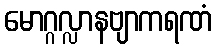
မောဂ္ဂလ္လာနဗျာကရဏံ